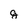
Character: g